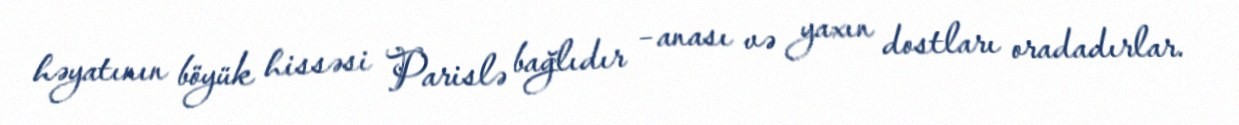
həyatının böyük hissəsi Parislə bağlıdır – anası və yaxın dostları oradadırlar.